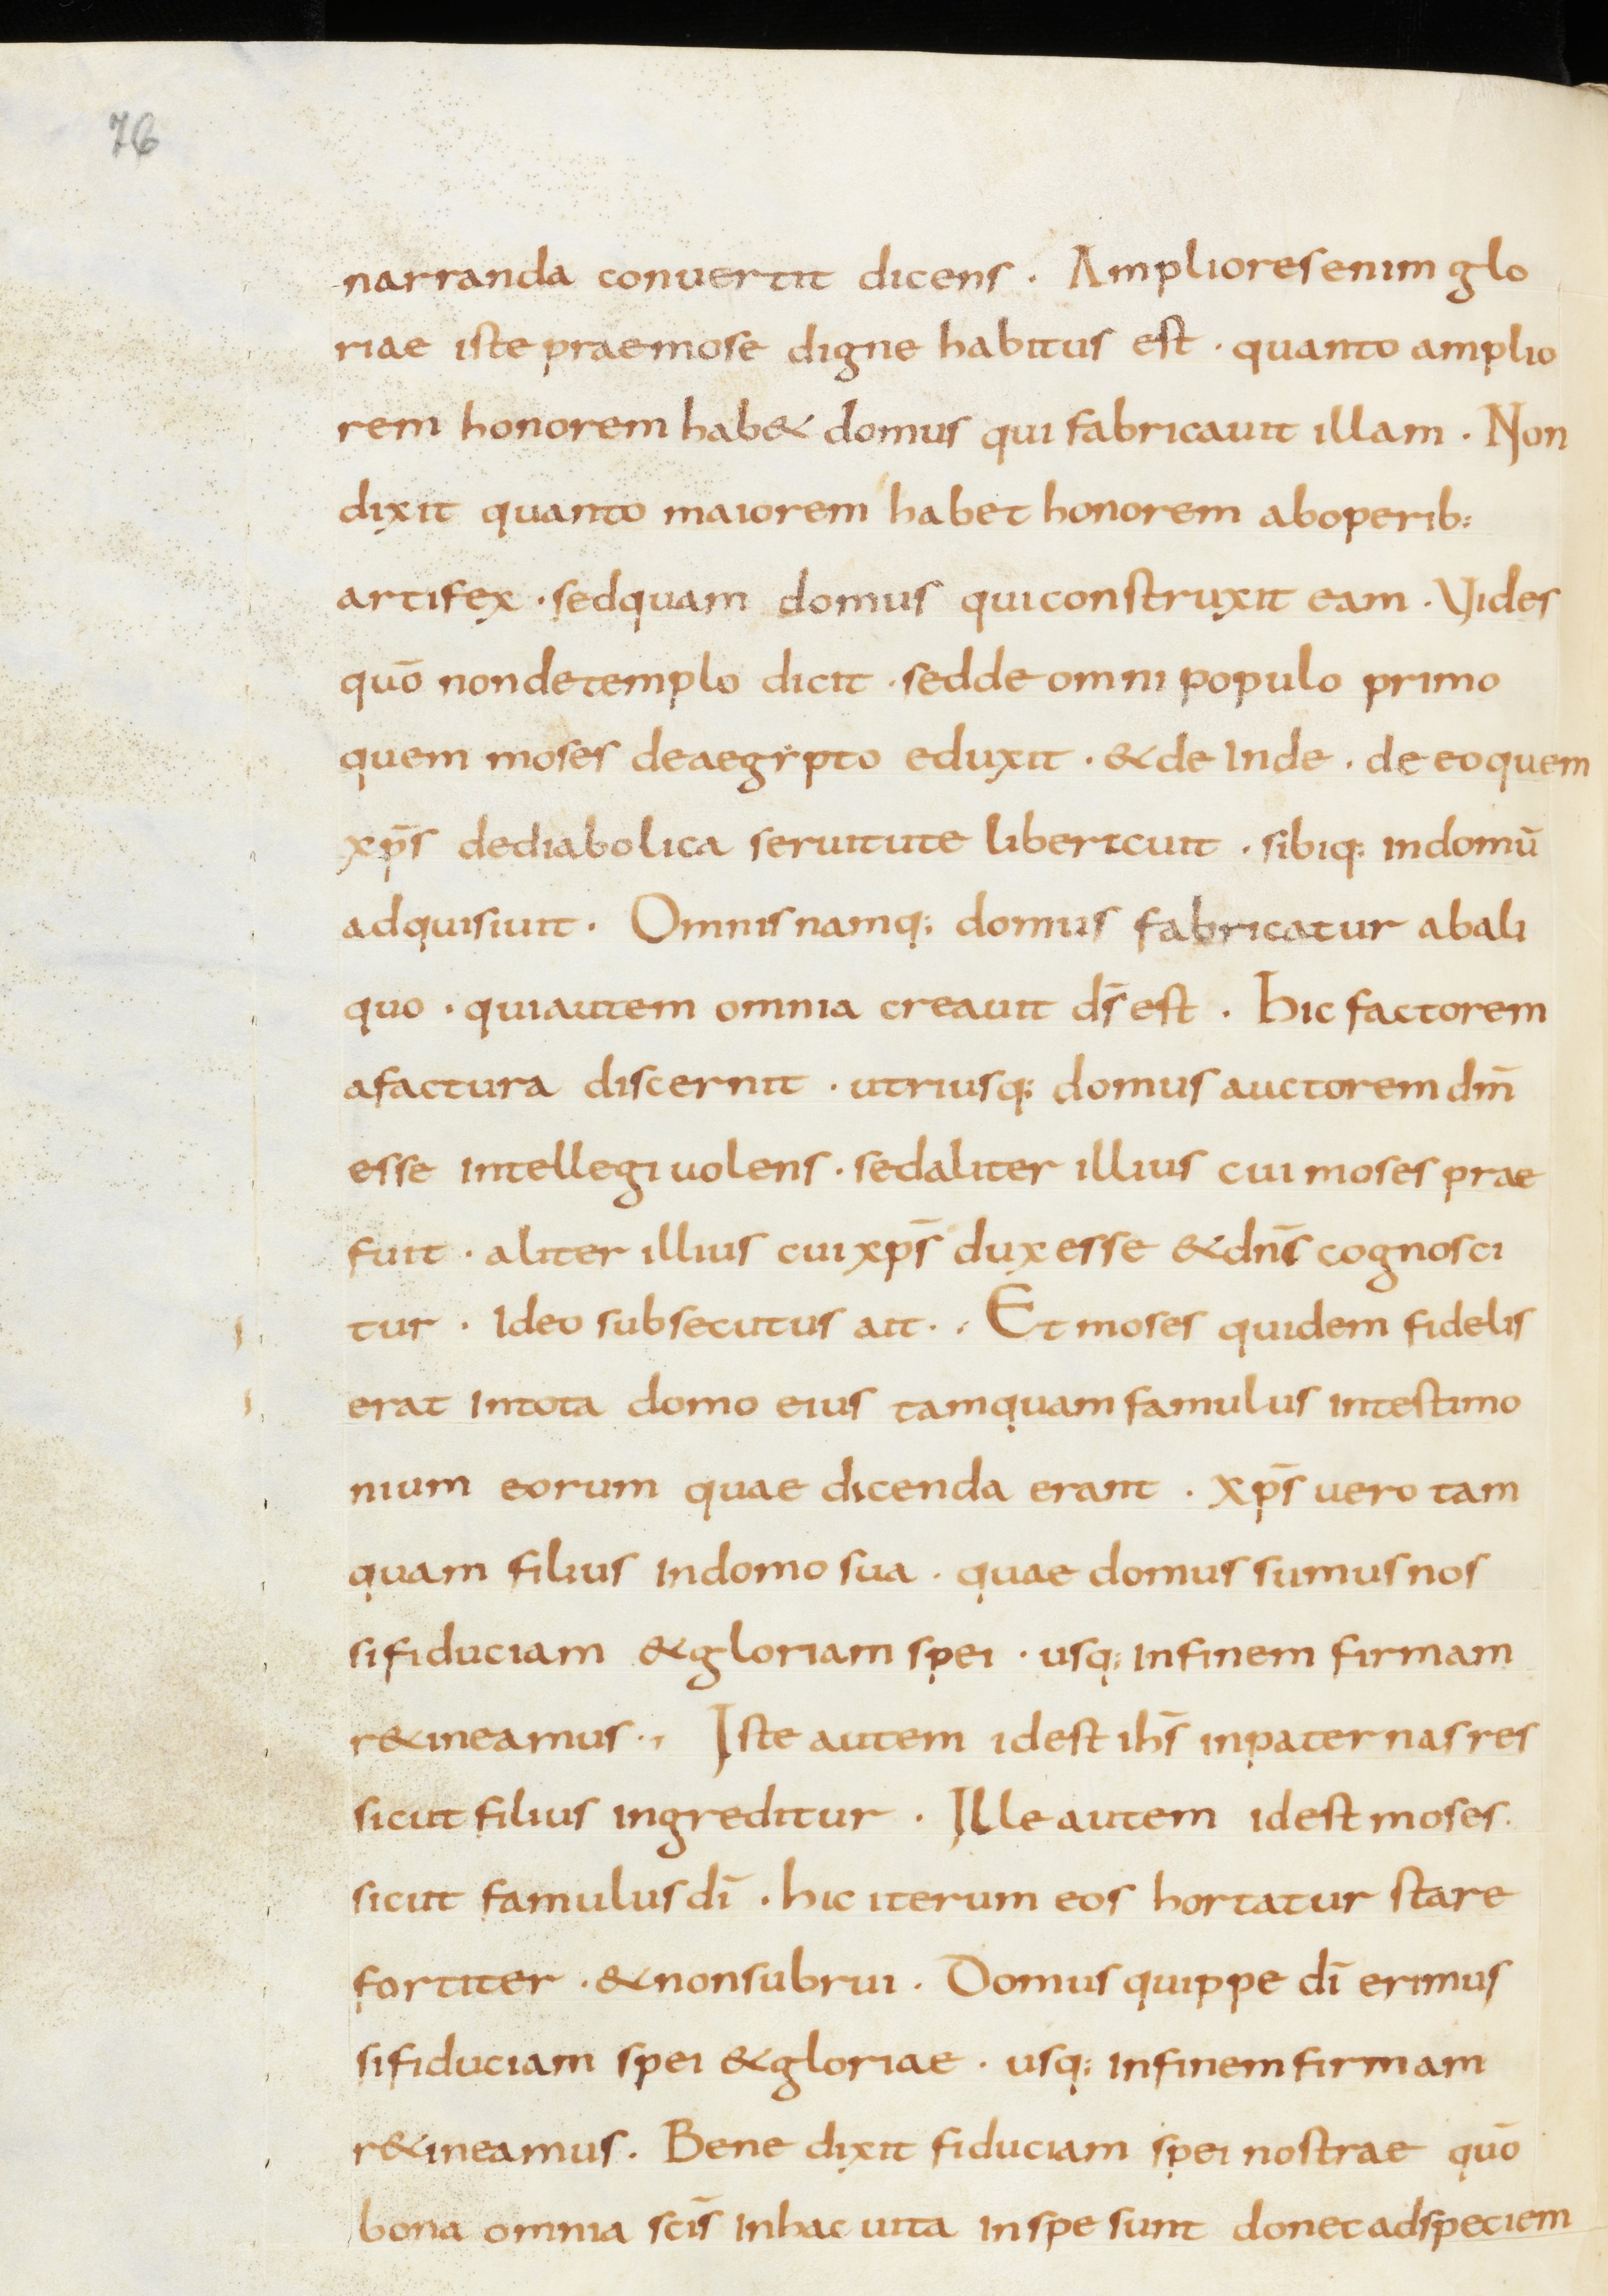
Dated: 800–849